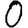
Digit: 0